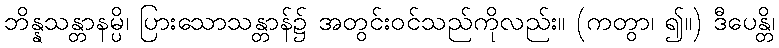
ဘိန္နသန္တာနမ္ပိ၊ ပြားသောသန္တာန်၌ အတွင်းဝင်သည်ကိုလည်း။ (ကတွာ၊ ၍။) ဒီပေန္တိ၊